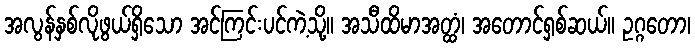
အလွန်နှစ်လိုဖွယ်ရှိသော အင်ကြင်းပင်ကဲ့သို့။ အသီထိမာအတ္ထံ၊ အတောင်ရှစ်ဆယ်။ ဥဂ္ဂတော၊